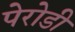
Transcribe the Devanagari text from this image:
पेरोडी